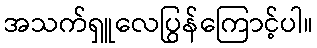
အသက်ရှူလေပြွန်ကြောင့်ပါ။